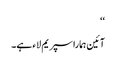
‘‘
آئین ہمارا سپریم لاء ہے۔